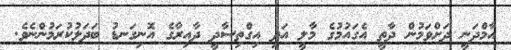
އާމްދަނީ ދަށްވަމުން ދާތީ އެގައުމުގެ މާލީ އަދި އިގްތިސާދީ ދާއިރާގެ އޮނިގަނޑު ބަދަލުކުރަމުންނެވެ.